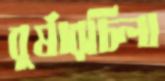
বুর্ষারচিলা